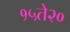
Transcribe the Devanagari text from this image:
१५ते२०